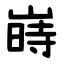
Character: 嵵